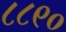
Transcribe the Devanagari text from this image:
८८९०